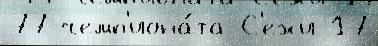
77 чемп'иона́та С'ежи 17